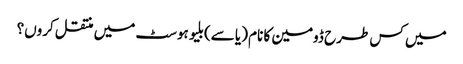
میں کس طرح ڈومین کا نام (یا سے) بلیو ہوسٹ میں منتقل کروں؟